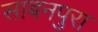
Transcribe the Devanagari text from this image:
साबनपुरा